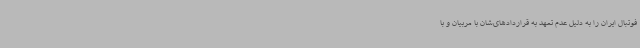
فوتبال ایران را به دلیل عدم تعهد به قراردادهای‌شان با مربیان و با